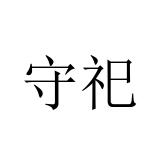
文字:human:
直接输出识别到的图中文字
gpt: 守祀